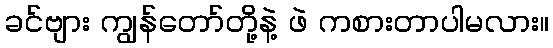
ခင်ဗျား ကျွန်တော်တို့နဲ့ ဖဲ ကစားတာပါမလား။